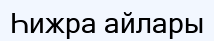
Һижра айлары